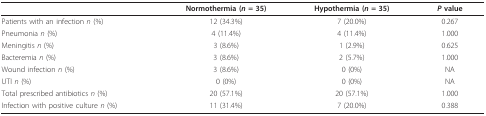
|  | Normothermia (n = 35) | Hypothermia (n = 35) | P value |
 | --- | --- | --- | --- |
 | Patients with an infection n (%) | 12 (34.3%) | 7 (20.0%) | 0.267 |
 | Pneumonia n (%) | 4 (11.4%) | 4 (11.4%) | 1.000 |
 | Meningitis n (%) | 3 (8.6%) | 1 (2.9%) | 0.625 |
 | Bacteremia n (%) | 3 (8.6%) | 2 (5.7%) | 1.000 |
 | Wound infection n (%) | 3 (8.6%) | 0 (0%) | NA |
 | UTI n (%) | 0 (0%) | 0 (0%) | NA |
 | Total prescribed antibiotics n (%) | 20 (57.1%) | 20 (57.1%) | 1.000 |
 | Infection with positive culture n (%) | 11 (31.4%) | 7 (20.0%) | 0.388 |